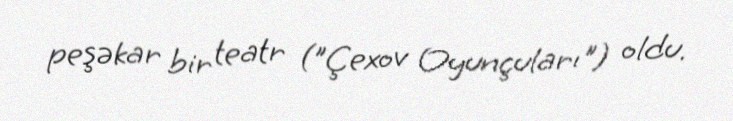
peşəkar bir teatr ("Çexov Oyunçuları") oldu.